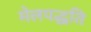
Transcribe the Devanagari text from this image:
मेलपद्धति